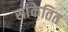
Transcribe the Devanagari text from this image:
सांकेतित